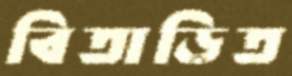
বিতাড়িত